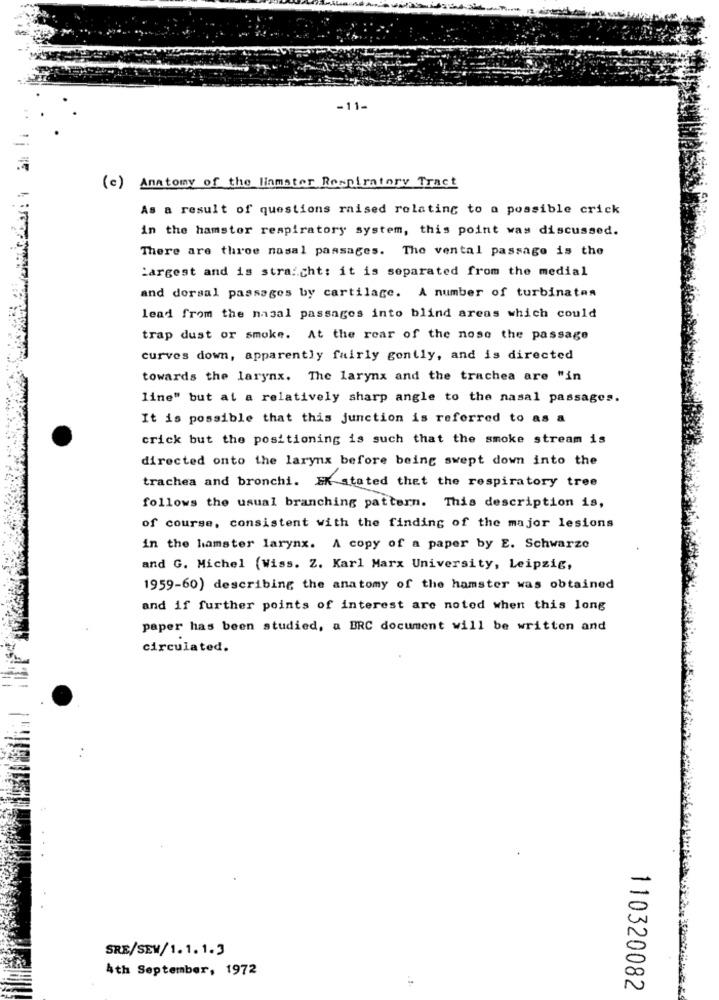
-11-
(c) Anatomy of the liamater Respiratory Tract
As a result of questions raised relating to a possible crick
in the hamster respiratory system, this point was discussed.
There are three nasal passages. The vental passage is the
Largest and is stra :. cht: it is separated from the medial
and dorsal passages by cartilage. A number of turbinaten
lead from the nasal passages into blind areas which could
trap dust or smoke. At the rear of the nose the passage
curves down, apparently fairly gently, and is directed
towards the larynx. The larynx and the trachea are "in
line" but at a relatively sharp angle to the nasal passages.
It is possible that this junction is referred to as a
crick but the positioning is such that the smoke stream is
directed onto the larynx before being swept down into the
trachea and bronchi. EK stated thet the respiratory tree
follows the usual branching pattern. This description is,
of course, consistent with the finding of the major lesions
in the hamster larynx. A copy of a paper by E. Schwarze
and G. Michel (Wiss. Z. Karl Marx University, Leipzig,
1959-60) describing the anatomy of the hamster was obtained
and if further points of interest are noted when this long
paper has been studied, a BRC document will be written and
circulated.
SRE/SEM/1.1.1.3
4th September, 1972
110320082